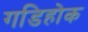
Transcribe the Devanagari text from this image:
गडिहोक